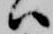
ハ